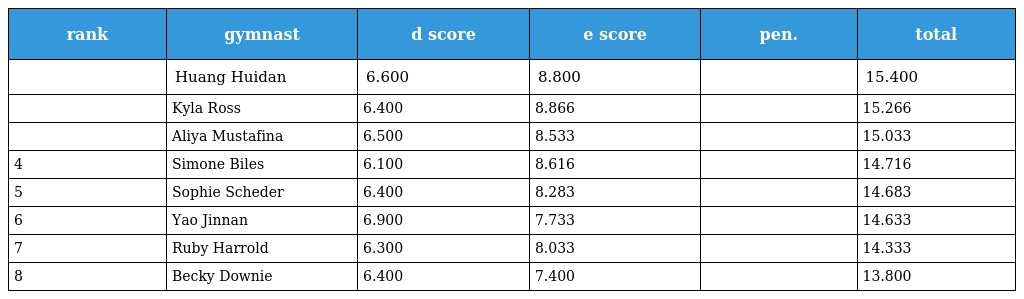
| rank | gymnast | d score | e score | pen. | total |
 | --- | --- | --- | --- | --- | --- |
 |  | Huang Huidan | 6.600 | 8.800 |  | 15.400 |
 |  | Kyla Ross | 6.400 | 8.866 |  | 15.266 |
 |  | Aliya Mustafina | 6.500 | 8.533 |  | 15.033 |
 | 4 | Simone Biles | 6.100 | 8.616 |  | 14.716 |
 | 5 | Sophie Scheder | 6.400 | 8.283 |  | 14.683 |
 | 6 | Yao Jinnan | 6.900 | 7.733 |  | 14.633 |
 | 7 | Ruby Harrold | 6.300 | 8.033 |  | 14.333 |
 | 8 | Becky Downie | 6.400 | 7.400 |  | 13.800 |